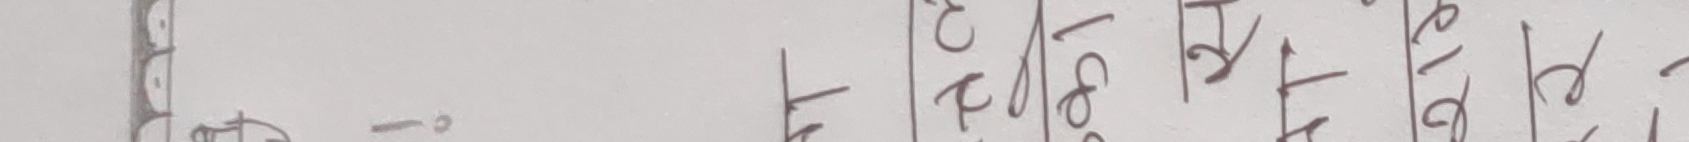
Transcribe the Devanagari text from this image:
सुरबिन | १८० | १२ | रुरु अ